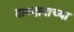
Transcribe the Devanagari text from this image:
तावदानाच्या